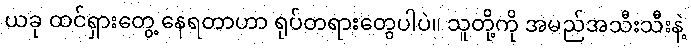
ယခု ထင်ရှားတွေ့ နေရတာဟာ ရုပ်တရားတွေပါပဲ။ သူတို့ကို အမည်အသီးသီးနဲ့